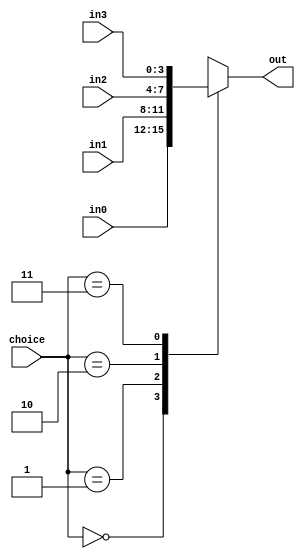
`timescale 1ns / 1ps
//////////////////////////////////////////////////////////////////////////////////
// Company: 
// Engineer: 
// 
// Design Name: 
// Module Name: Mux4_8bits
// Project Name: 
// Target Devices: 
// Tool Versions: 
// Description: 
// 
// Dependencies: 
// 
// Revision:
// Revision 0.01 - File Created
// Additional Comments:
// 
//////////////////////////////////////////////////////////////////////////////////


module Mux4_4bits(
    input [1:0] choice,
    input [3:0] in0, in1, in2, in3,
    output reg [3:0] out
    );
    
    always @(*) begin
        case(choice)
            0: out <= in0;
            1: out <= in1;
            2: out <= in2;
            3: out <= in3;
        endcase
    end
    
endmodule